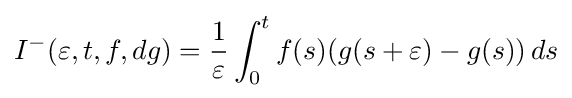
I^{-}(\varepsilon ,t,f,dg)={1 \over \varepsilon }\int _{0}^{t}f(s)(g(s+\varepsilon )-g(s))\,ds